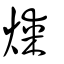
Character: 煤